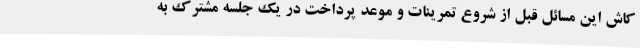
کاش این مسائل قبل از شروع تمرینات و موعد پرداخت در یک جلسه مشترک به